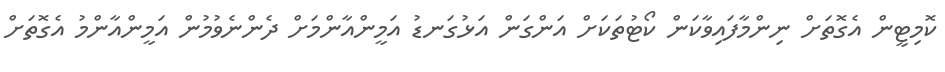
ކޮމިޓީން އެގޮތަށް ނިންމާފައިވާކަން ކޯޓުތަކަށް އަންގަން އަޅުގަނޑު އަމީންއާންމަށް ދެންނެވުމުން އަމީންއާންމު އެގޮތަށް